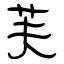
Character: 芙